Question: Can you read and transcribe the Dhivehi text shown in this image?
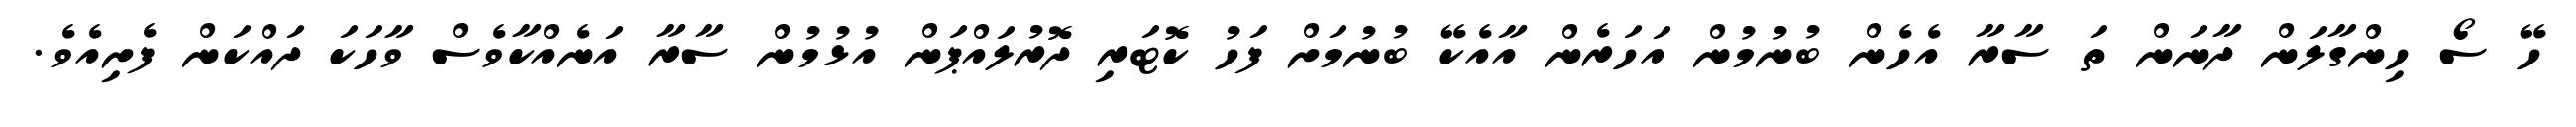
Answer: ހޭ ސޯ ހިންގާލަން ދާނަން ތަ ސާރާ އެހެން ބުނުމުން އަހަރެން އާއެކޭ ބުނުމަށް ފަހު ކޮޓަރި ދޮރުލައްޕަން އުޅުމުން ސާރާ އަނެއްކާވެސް ވާހަކަ ދައްކަން ފެށިއެވެ.